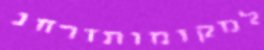
למקומותזרחנ